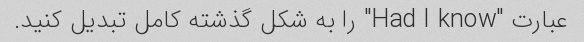
عبارت "Had I know" را به شکل گذشته کامل تبدیل کنید.